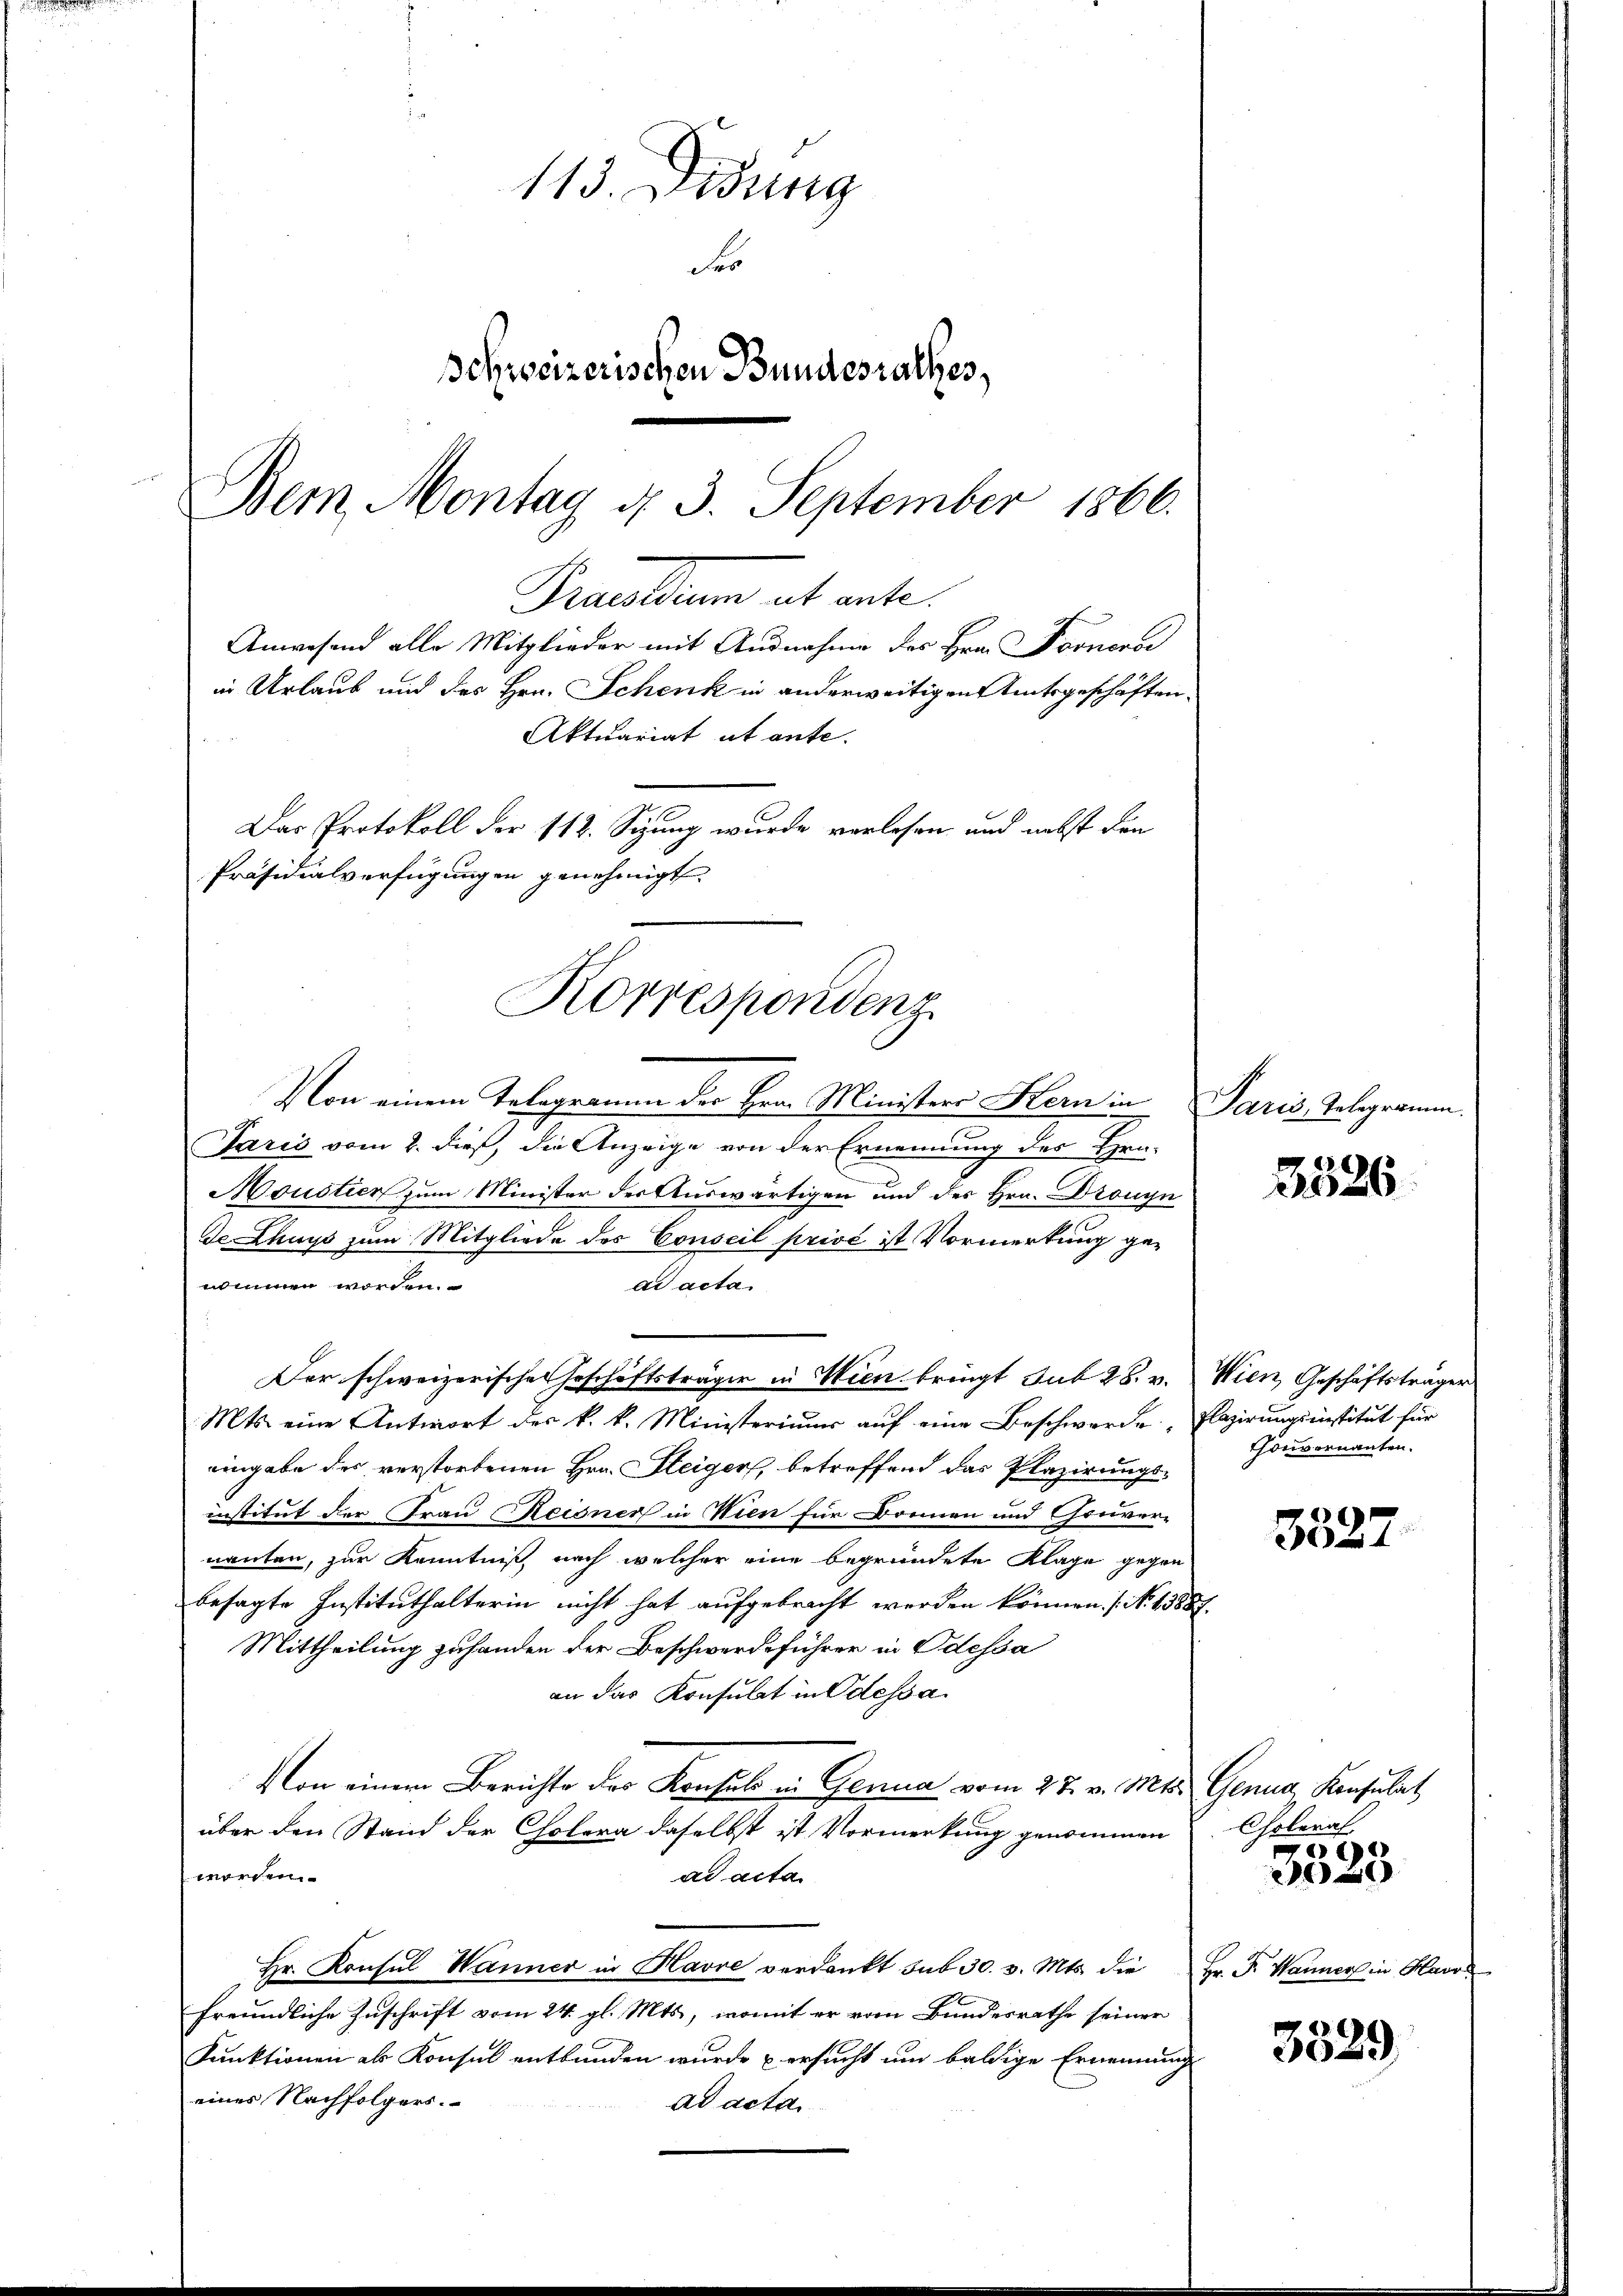
1

Das Protokoll der 112. Sizung wurde verlesen und nebst den
Präsidialverfügungen genehmigt.
Korrespondenz

Von einem Telegramm der Hrn. Ministers Kern in Paris, Telegramm.
Paris vom 2. dieß, die Anzeige von der Ernennung des Hra-
Moustier zum Minister der Auswärtigen und des Hrn. Dronyn
de Chuys zum Mitgliede des Conseil privé ist Vormerkung genommen worden.
ad acta.
Der schweizerische Geschäftsträger in Wien bringt sub 28. v. Wien Geschäftsträger
Mts. eine Antwort des k. k. Ministerium auf eine Beschwerde: „Elazirungsinstitut für
eingabe des verstorbenen Hrn. Steiger, betreffend das Plazirungs-
institut der Frau Reigner in Wien für Dornen und Conver-
nannten, zur Kenntniß, nach welcher eine begründete Klage gegen
besagte Instituthalterin nicht hat aufgebracht werden können. ( No. 13887.
Mittheilung zuhanden der Beschwerdeführer in Odessa
an das Konsulat in Odessa
Von einem Berichte der Konsuls in Genua vom 27. v. Mts. Genua, Konsulat
über den Stand der Cholera daselbst ist Vormerkung genommen Choleraf
worden.
ad acta
Hr. Konsul Wanner in Havre verdankt sub 30. v. Mts. die Hr. F. Wanner in Havo
freundliche Zuschrift vom 24. gl. Mts., womit er vom Bundesrathe seiner
Funktionen als Konsul entbunden wurde u ersucht um baldige Ernennung
eines Nachfolgers.
ad acta

113. Didung
F
Schweizerischen Bundesrathes,
Bern Montag d. 3. September 1866.

Prantium et ente
Anwesend alle Mitglieder mit Ausnahme des Hrn. Fornerse

in Urlaub und des Hrn. Schenk in anderweitigen Amtsgeschäften.
Aktuariat ut ante.

.
2526.

onvernannten.

3327

2
3023

3529